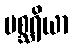
မစ္ဆရိယာ